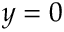
y = 0